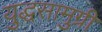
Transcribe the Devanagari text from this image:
युद्धसामुग्री